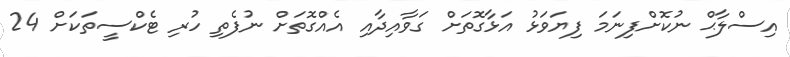
އިސްލާޙް ނުކޮށްފިނަމަ ފިޔަވަޅު އަޅާގޮތަށް ގަވާއިދާއި އެއްގޮތަށް ނުފެތި ހުރި ޓެކްސީތަކަށް 24